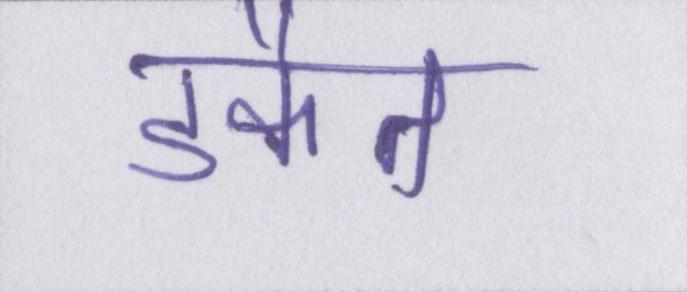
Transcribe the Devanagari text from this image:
डकैत